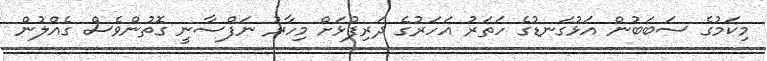
މިކަމުގެ ސަބަބުން އަޅުގަނޑުގެ ހަތަރު އަހަރުގެ ދަރިފުޅަށް މިހާރު ނަފްސާނީ ގޮތުންވެސް ގެއްލުން